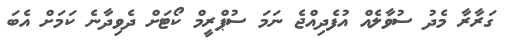
ގަރާރާ މެދު ސުވާލެއް އުފެދިއްޖެ ނަމަ ސުޕްރީމް ކޯޓަށް ދެވިދާނެ ކަމަށް އެބަ